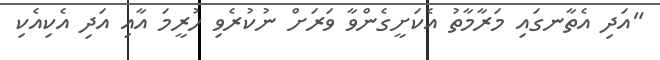
"އަދި އެތާނގައި މަރާމާތު އެކަށީގެންވާ ވަރަށް ނުކުރެވި ހުރީމަ އާއި އަދި އެކިއެކި